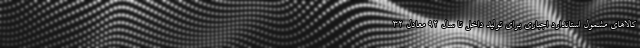
کالاهای مشمول استاندارد اجباری برای تولید داخل تا سال 92 معادل 32